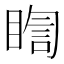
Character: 𭿈